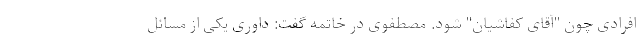
افرادی چون "آقای کفاشیان" شود. مصطفوی در خاتمه گفت: داوری یکی از مسائل